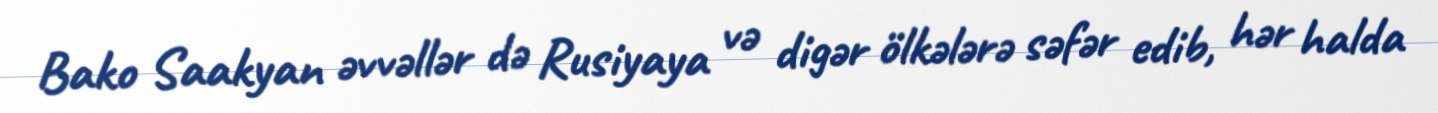
Bako Saakyan əvvəllər də Rusiyaya və digər ölkələrə səfər edib, hər halda